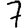
Digit: 7